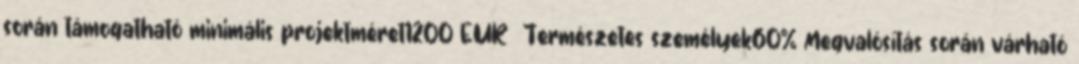
során támogatható minimális projektméret1200 EUR ▪Természetes személyek60%▪Megvalósítás során várható